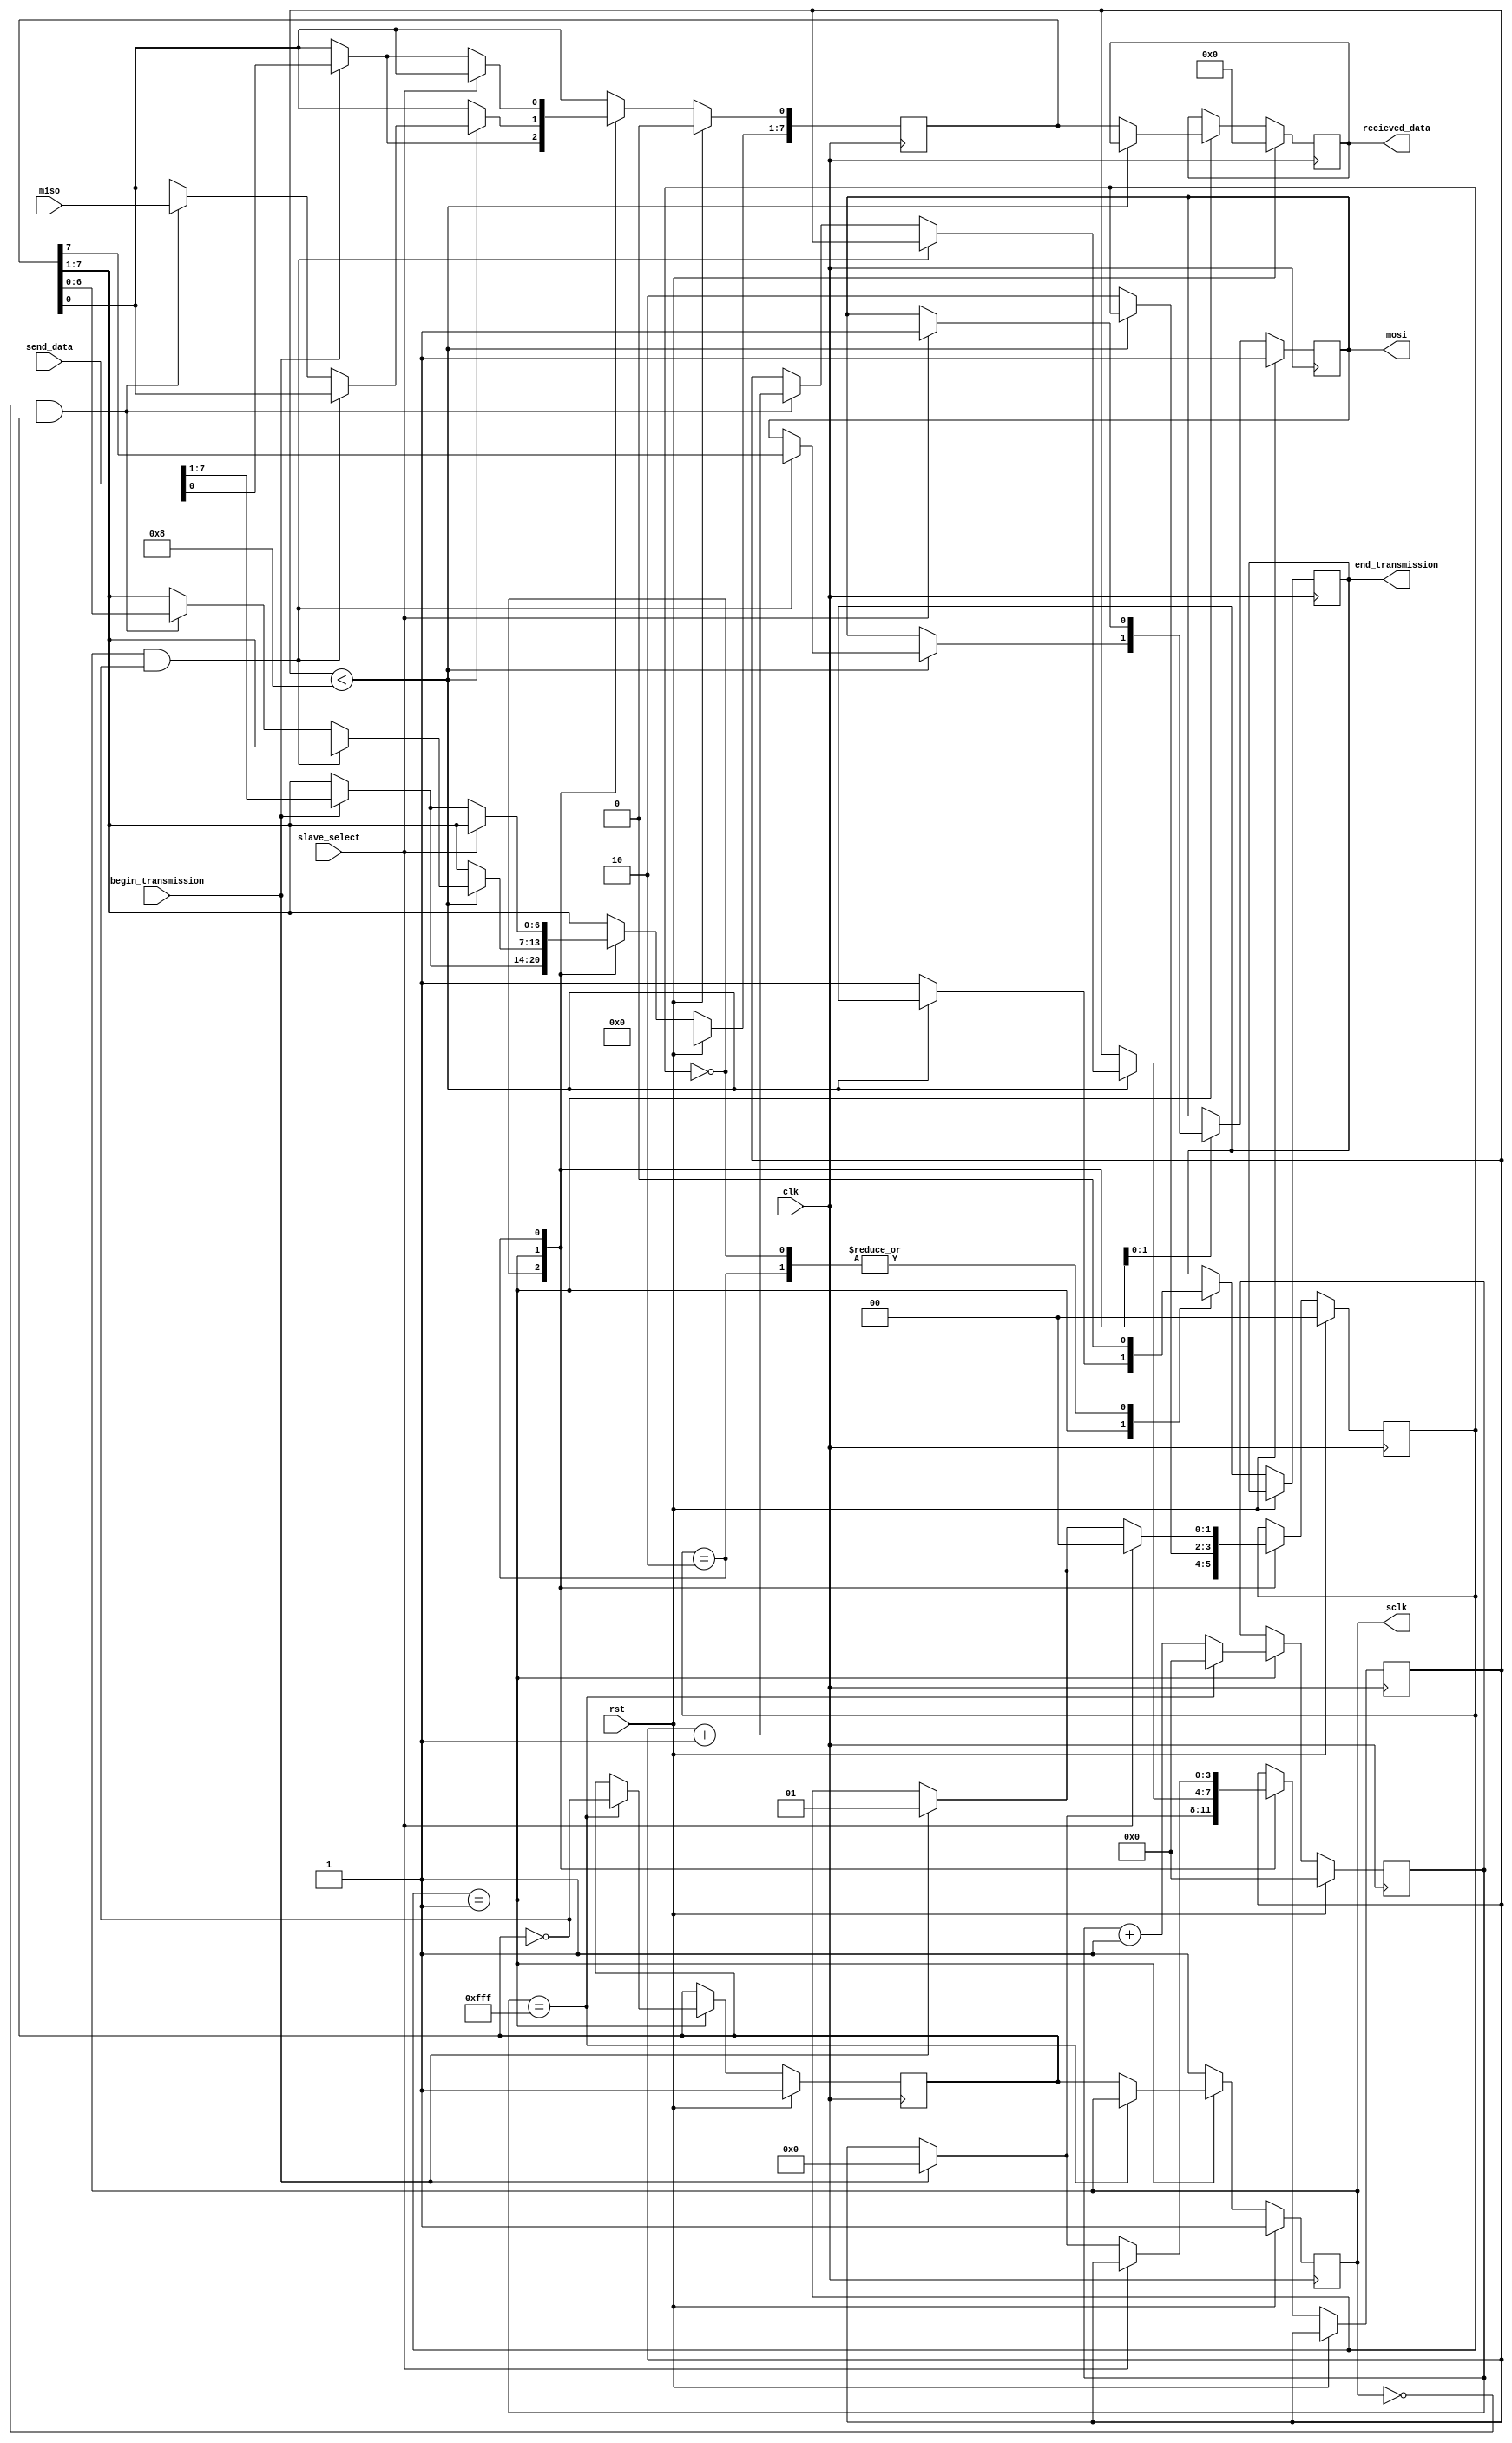
module spi_interface_1(
		send_data, 
		begin_transmission,
		slave_select,
		miso,
		clk,
		rst,
		recieved_data,
		end_transmission,
		mosi,
		sclk
);
			input [7:0]      send_data;
			input            begin_transmission;
			input            slave_select;
			input            miso;
			input            clk;
			input            rst;
			output [7:0]     recieved_data;
			output           end_transmission;
			output           mosi;
			output           sclk;
			reg [7:0]        recieved_data;
			reg              end_transmission;
			reg              mosi;
			parameter [11:0] SPI_CLK_COUNT_MAX = 12'hFFF;
			reg [11:0]       spi_clk_count;
			reg              sclk_buffer;
			reg              sclk_previous;
			parameter [3:0]  RX_COUNT_MAX = 4'h8;
			reg [3:0]        rx_count;
			reg [7:0]        shift_register;
			parameter [1:0]  RxTxTYPE_idle = 0,
								  RxTxTYPE_rx_tx = 1,
								  RxTxTYPE_hold = 2;
			reg [1:0]        RxTxSTATE;
			always @(posedge clk)
			begin: tx_rx_process
				begin
					if (rst == 1'b1)
					begin
						mosi <= 1'b1;
						RxTxSTATE <= RxTxTYPE_idle;
						recieved_data <= {8{1'b0}};
						shift_register <= {8{1'b0}};
					end
					else
						case (RxTxSTATE)
							RxTxTYPE_idle :
								begin
									end_transmission <= 1'b0;
									if (begin_transmission == 1'b1)
									begin
										RxTxSTATE <= RxTxTYPE_rx_tx;
										rx_count <= {4{1'b0}};
										shift_register <= send_data;
									end
								end
							RxTxTYPE_rx_tx :
								if (rx_count < RX_COUNT_MAX)
								begin
									if (sclk_previous == 1'b1 & sclk_buffer == 1'b0)
										mosi <= shift_register[7];
									else if (sclk_previous == 1'b0 & sclk_buffer == 1'b1)
									begin
										shift_register[7:1] <= shift_register[6:0];
										shift_register[0] <= miso;
										rx_count <= rx_count + 1'b1;
									end
								end
								else
								begin
									RxTxSTATE <= RxTxTYPE_hold;
									end_transmission <= 1'b1;
									recieved_data <= shift_register;
								end
							RxTxTYPE_hold :
								begin
									end_transmission <= 1'b0;
									if (slave_select == 1'b1)
									begin
										mosi <= 1'b1;
										RxTxSTATE <= RxTxTYPE_idle;
									end
									else if (begin_transmission == 1'b1)
									begin
										RxTxSTATE <= RxTxTYPE_rx_tx;
										rx_count <= {4{1'b0}};
										shift_register <= send_data;
									end
								end
						endcase
				end
			end
			always @(posedge clk)
			begin: spi_clk_generation
				begin
					if (rst == 1'b1)
					begin
						sclk_previous <= 1'b1;
						sclk_buffer <= 1'b1;
						spi_clk_count <= {12{1'b0}};
					end
					else if (RxTxSTATE == RxTxTYPE_rx_tx)
					begin
						if (spi_clk_count == SPI_CLK_COUNT_MAX)
						begin
							sclk_buffer <= (~sclk_buffer);
							spi_clk_count <= {12{1'b0}};
						end
						else
						begin
							sclk_previous <= sclk_buffer;
							spi_clk_count <= spi_clk_count + 1'b1;
						end
					end
					else
						sclk_previous <= 1'b1;
				end
			end
			assign sclk = sclk_previous;
endmodule